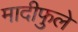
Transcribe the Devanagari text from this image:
मादीफुले